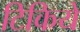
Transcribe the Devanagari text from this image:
टिकिये